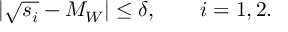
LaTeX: \vert \sqrt { s _ { i } } - M _ { W } \vert \leq \delta , \qquad i = 1 , 2 .